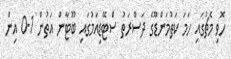
ހޮވި މެޗުގައި ހަމަ ކަތުމަންޑޫގެ ދަސްރަތު ސްޓޭޑިއަމުގައި ބޫޓާން އަތުން 1-0 އިން